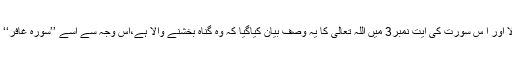
اس کا معنی ہے بخشنے والا اور ا س سورت کی آیت نمبر3 میں اللہ تعالیٰ کا یہ وصف بیان کیاگیا کہ وہ گناہ بخشنے والا ہے،اس وجہ سے اسے ’’سورۂ غافر‘‘ کے نام سے مَوسوم کیا گیا۔